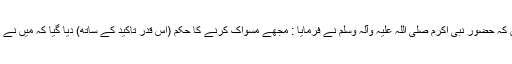
''حضرت عبد اللہ بن عباس رضی اﷲ عنہما روایت کرتے ہیں کہ حضور نبی اکرم صلی اللہ علیہ وآلہ وسلم نے فرمایا : مجھے مسواک کرنے کا حکم (اِس قدر تاکید کے ساتھ) دیا گیا کہ میں نے گمان کیا اس کے متعلق (مجھ پر) قرآنی احکام نازل ہوں گے۔